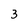
Character: 3